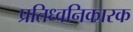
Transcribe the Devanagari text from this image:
प्रतिध्वनिकारक